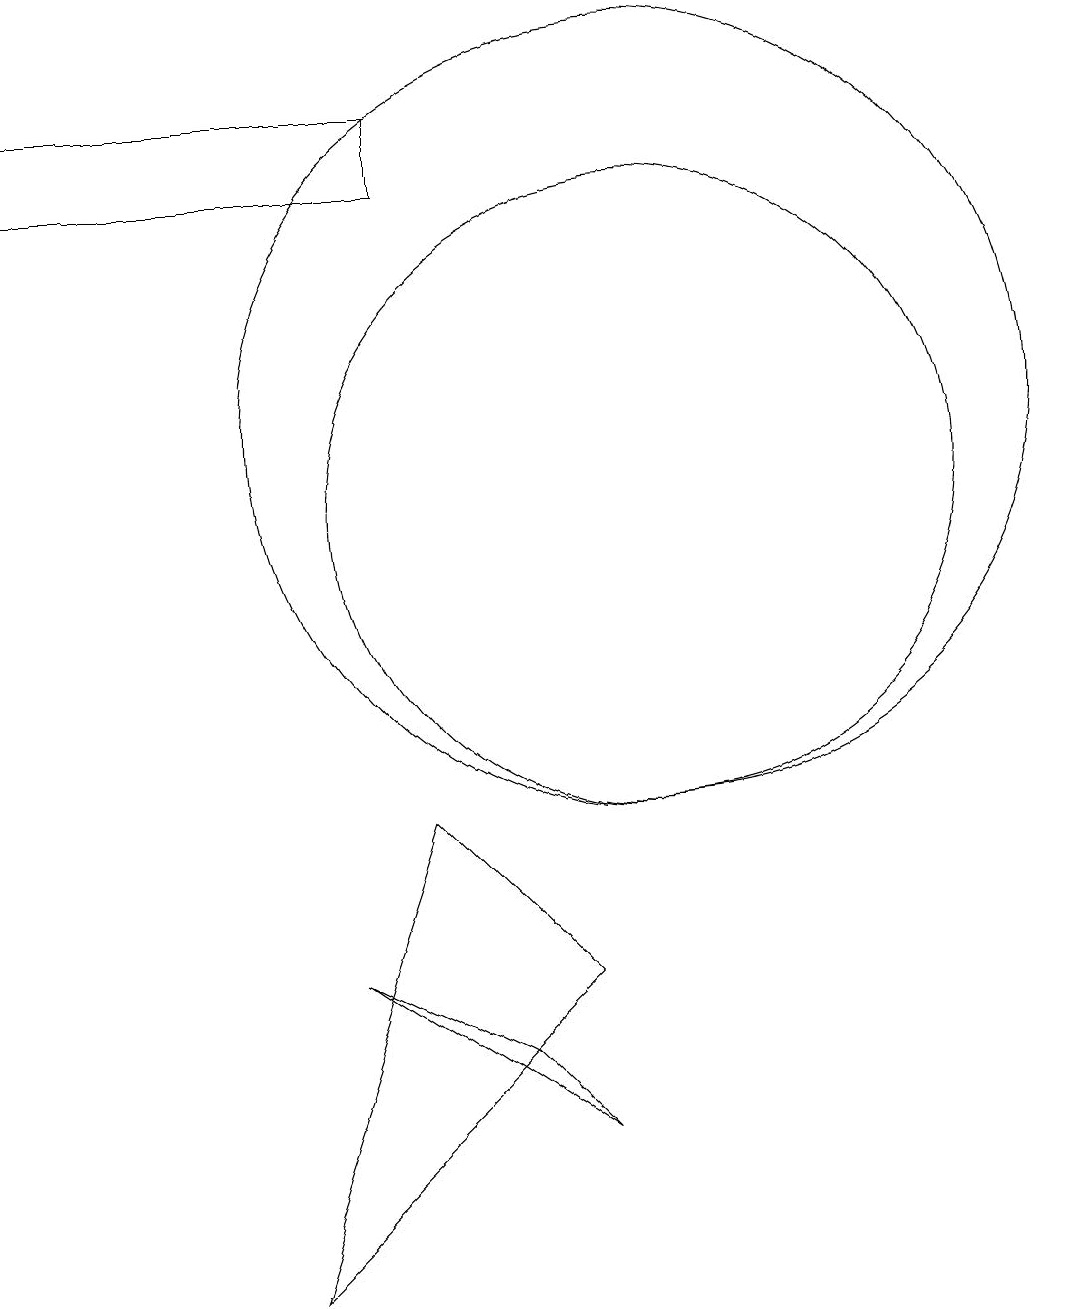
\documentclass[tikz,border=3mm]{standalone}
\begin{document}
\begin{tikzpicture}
\draw (7,15) rectangle (2,14);
\draw (6,4) -- (9,2) -- (8,3) -- cycle;
\draw (10,10) circle (4);
\draw (9,4) -- (5,0) -- (7,6) -- cycle;
\draw (10,11) circle (5);
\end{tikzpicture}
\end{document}